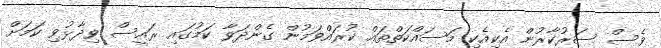
ވެސް ސަރުކާރުން އެކިއެކި މަސައްކަތްތައް ކުރައްވަމުން ގެންދަވާ ކަމުގައި ރައީސް ވިދާޅުވި ކަމަށް